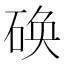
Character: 𮵔